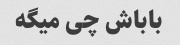
باباش چی میگه